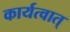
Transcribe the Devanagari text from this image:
कार्यत्वात्